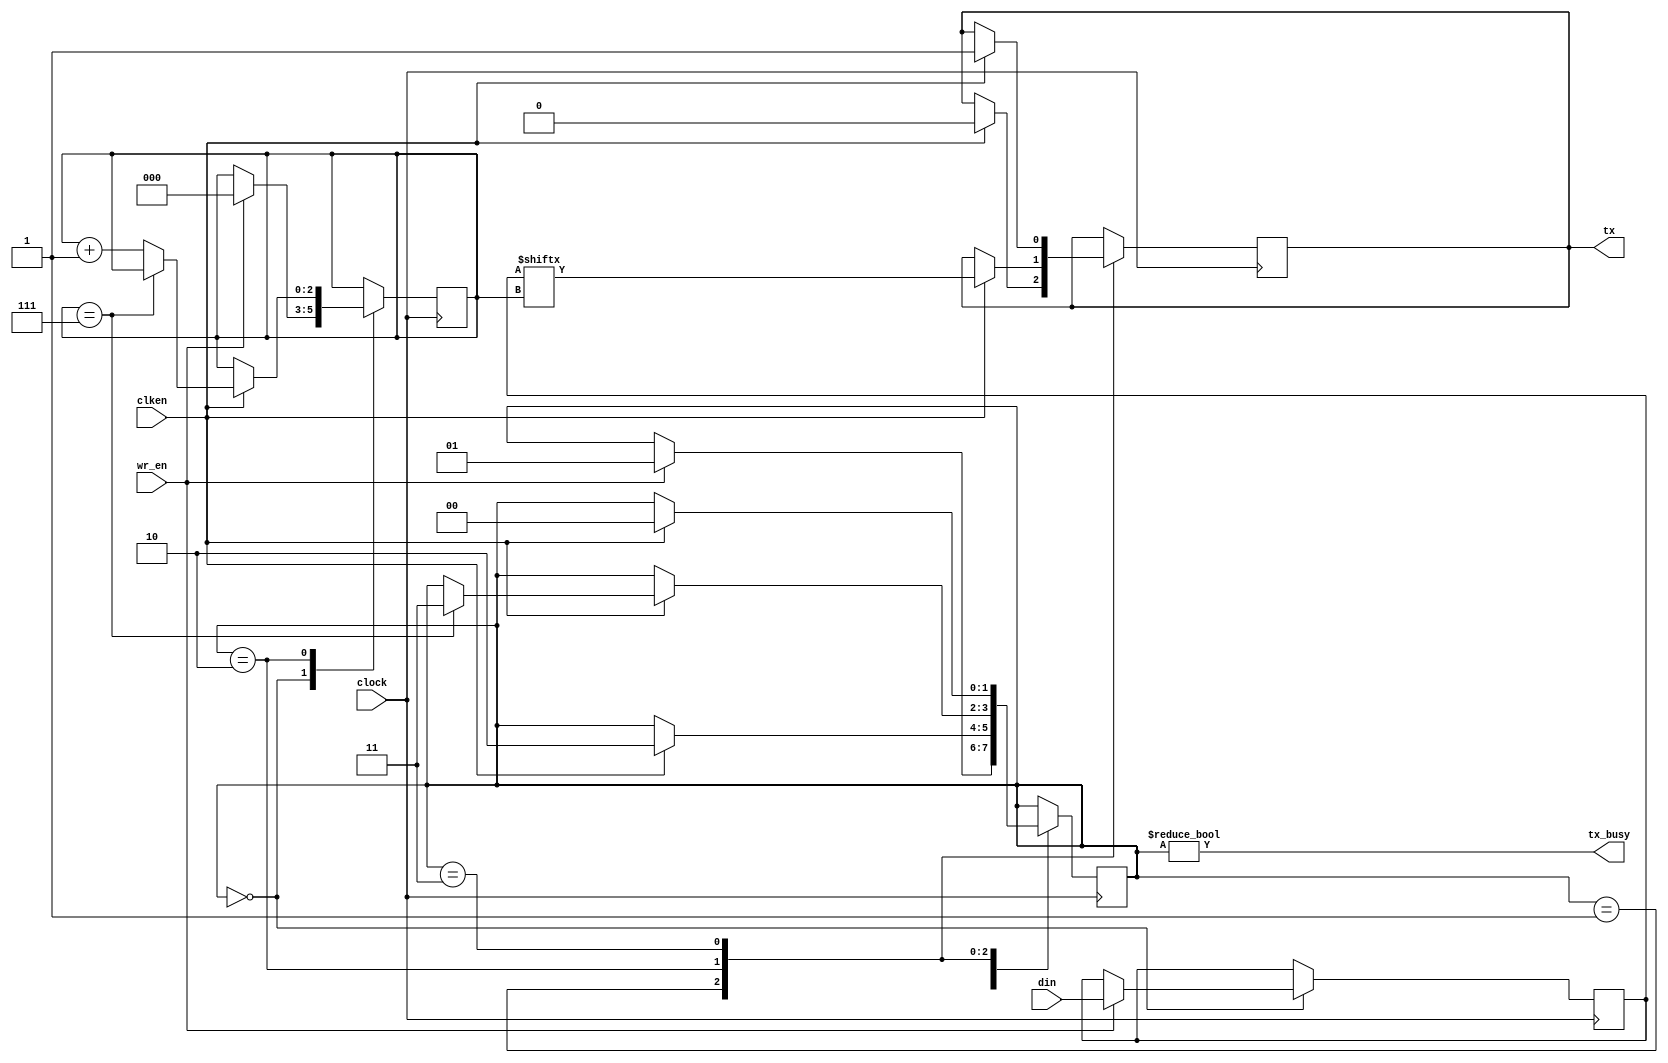
module transmitter(input wire [7:0] din,
		   input wire wr_en,
		   input wire clock,
		   input wire clken,
		   output reg tx,
		   output wire tx_busy);
//add reset and delete this
initial begin
	 tx = 1'b1;
end

parameter STATE_IDLE	= 0;
parameter STATE_START	= 1;
parameter STATE_DATA	= 2;
parameter STATE_STOP	= 3;

reg [7:0] data = 8'h00;
reg [2:0] bitpos = 3'h0;
reg [1:0] state = STATE_IDLE;

always @(posedge clock) begin
	case (state)
	STATE_IDLE: begin
		if (wr_en) begin
			state <= STATE_START;
			data <= din;
			bitpos <= 3'h0;
		end
	end
	STATE_START: begin
		if (clken) begin
			tx <= 1'b0;
			state <= STATE_DATA;
		end
	end
	STATE_DATA: begin
		if (clken) begin
			if (bitpos == 3'h7)
				state <= STATE_STOP;
			else
				bitpos <= bitpos + 3'h1;
			tx <= data[bitpos];
		end
	end
	STATE_STOP: begin
		if (clken) begin
			tx <= 1'b1;
			state <= STATE_IDLE;
		end
	end
	default: begin
		tx <= 1'b1;
		state <= STATE_IDLE;
	end
	endcase
end

assign tx_busy = (state != STATE_IDLE);

endmodule